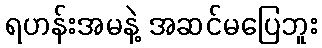
ရဟန်းအမနဲ့ အဆင်မပြေဘူး